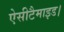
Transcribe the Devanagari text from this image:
ऐसीटैमाइड।